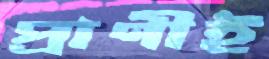
প্রাণীই